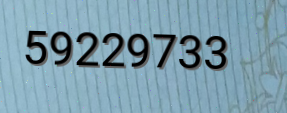
59229733